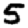
Digit: 5